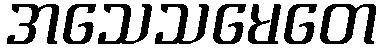
အသေသမေတေ